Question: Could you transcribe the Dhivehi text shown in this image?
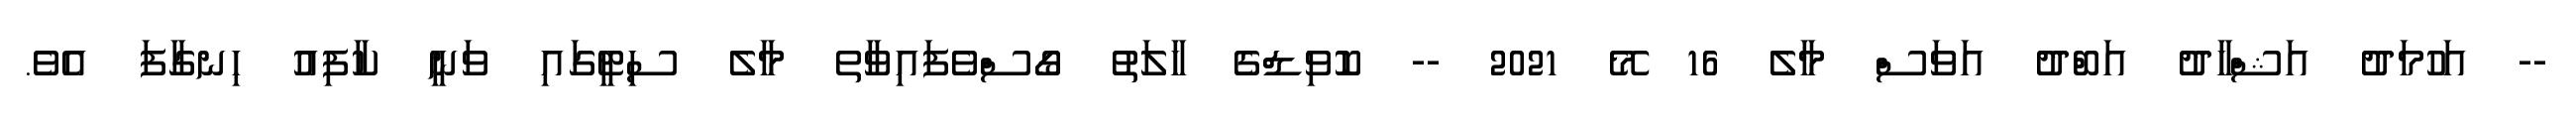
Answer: -- އަހުމަދު އަޝްހާދު އަބްދު އަވަސް މާލެ 16 މޭ 2021 -- ކޮވިޑްގެ ހާލަތު ގޯސްވެފައިވާތ މާލެ ސިޓީގައި ވަނީ ކާފިއު ހިނގާފަ އެވެ.